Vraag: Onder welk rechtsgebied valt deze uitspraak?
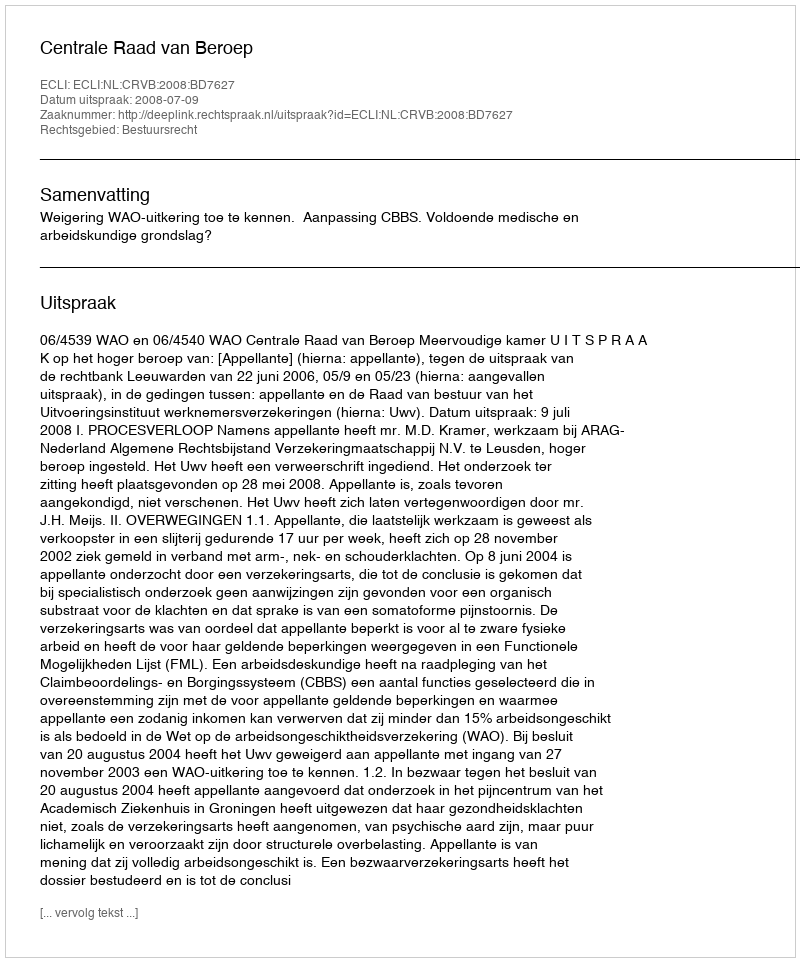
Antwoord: Bestuursrecht